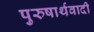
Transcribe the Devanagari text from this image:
पुरुषार्थवादी